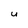
Character: u